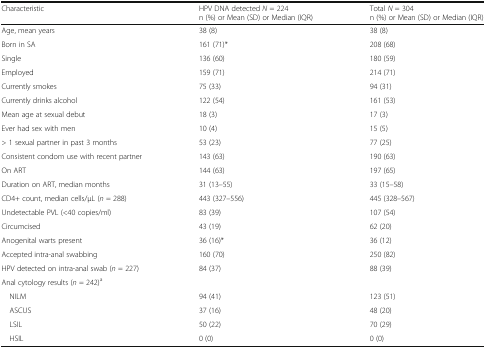
<table><thead><tr><td><b>Characteristic</b></td><td><b>HPV DNA detected <i>N</i> = 224n (%) or Mean (SD) or Median (IQR)</b></td><td><b>Total <i>N</i> = 304n (%) or Mean (SD) or Median (IQR)</b></td></tr></thead><tbody><tr><td>Age, mean years</td><td>38 (8)</td><td>38 (8)</td></tr><tr><td>Born in SA</td><td>161 (71)*</td><td>208 (68)</td></tr><tr><td>Single</td><td>136 (60)</td><td>180 (59)</td></tr><tr><td>Employed</td><td>159 (71)</td><td>214 (71)</td></tr><tr><td>Currently smokes</td><td>75 (33)</td><td>94 (31)</td></tr><tr><td>Currently drinks alcohol</td><td>122 (54)</td><td>161 (53)</td></tr><tr><td>Mean age at sexual debut</td><td>18 (3)</td><td>17 (3)</td></tr><tr><td>Ever had sex with men</td><td>10 (4)</td><td>15 (5)</td></tr><tr><td>&gt; 1 sexual partner in past 3 months</td><td>53 (23)</td><td>77 (25)</td></tr><tr><td>Consistent condom use with recent partner</td><td>143 (63)</td><td>190 (63)</td></tr><tr><td>On ART</td><td>144 (63)</td><td>197 (65)</td></tr><tr><td>Duration on ART, median months</td><td>31 (13–55)</td><td>33 (15–58)</td></tr><tr><td>CD4+ count, median cells/μL (<i>n</i> = 288)</td><td>443 (327–556)</td><td>445 (328–567)</td></tr><tr><td>Undetectable PVL (&lt;40 copies/ml)</td><td>83 (39)</td><td>107 (54)</td></tr><tr><td>Circumcised</td><td>43 (19)</td><td>62 (20)</td></tr><tr><td>Anogenital warts present</td><td>36 (16)*</td><td>36 (12)</td></tr><tr><td>Accepted intra-anal swabbing</td><td>160 (70)</td><td>250 (82)</td></tr><tr><td>HPV detected on intra-anal swab (<i>n</i> = 227)</td><td>84 (37)</td><td>88 (39)</td></tr><tr><td colspan="3">Anal cytology results (<i>n</i> = 242)<sup>a</sup></td></tr><tr><td> NILM</td><td>94 (41)</td><td>123 (51)</td></tr><tr><td> ASCUS</td><td>37 (16)</td><td>48 (20)</td></tr><tr><td> LSIL</td><td>50 (22)</td><td>70 (29)</td></tr><tr><td> HSIL</td><td>0 (0)</td><td>0 (0)</td></tr></tbody></table>